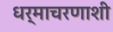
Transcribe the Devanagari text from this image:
धर्माचरणाशी